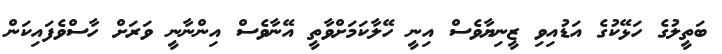
ބަތީލުގެ ހަޅޭކުގެ އަޑުއިވި ޒީނިޔާވެސް އިނީ ހޭލާކަމަށްވާތީ އޭނާވެސް އިންނާނީ ވަރަށް ހާސްވެފައިކަން